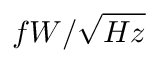
f W / \sqrt { H z }